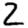
Digit: 2